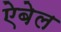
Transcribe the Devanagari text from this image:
ऐबेल